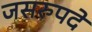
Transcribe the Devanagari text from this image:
जसरुपदे